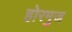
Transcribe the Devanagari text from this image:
होरमुज